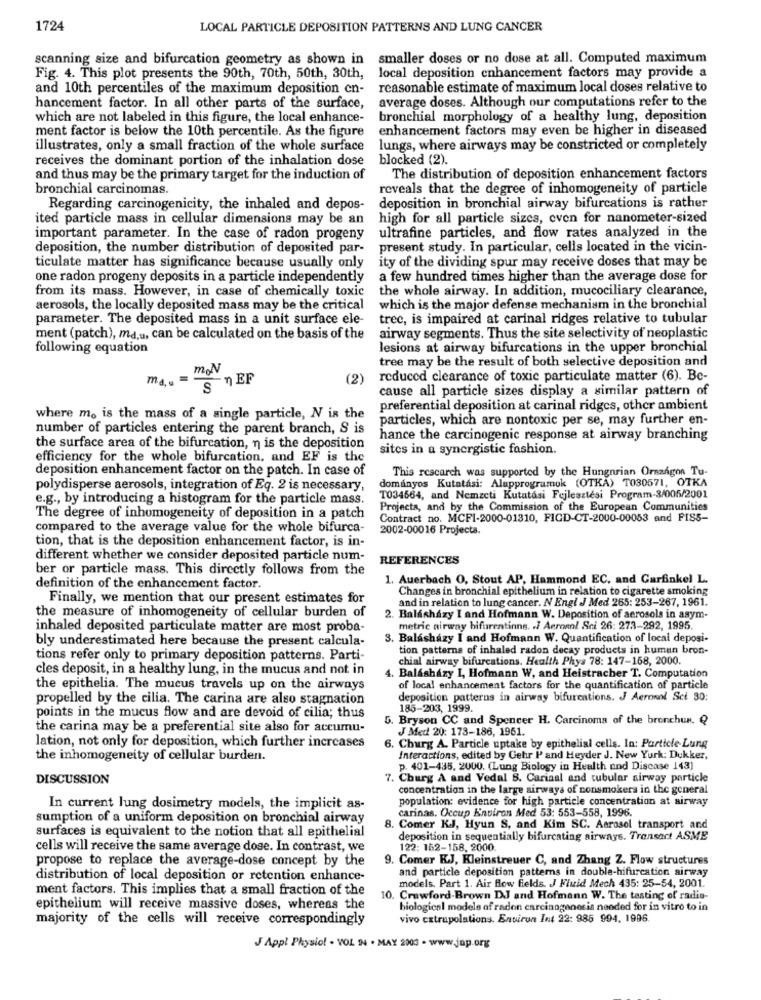
1724
LOCAL PARTICLE DEPOSITION PATTERNS AND LUNG CANCER
scanning size and bifurcation geometry as shown in smaller doses or no dose at all. Computed maximum
local deposition enhancement factors may provide a
Fig. 4. This plot presents the 90th, 70th, 50th, 30th,
and 10th percentiles of the maximum deposition en-
reasonable estimate of maximum local doses relative to
average doses. Although our computations refer to the
hancement factor. In all other parts of the surface,
which are not labeled in this figure, the local enhance-
bronchial morphology of a healthy lung, deposition
ment factor is below the 10th percentile. As the figure
enhancement factors may even be higher in diseased
illustrates, only a small fraction of the whole surface
lungs, where airways may be constricted or completely
receives the dominant portion of the inhalation dose
blocked (2).
and thus may be the primary target for the induction of
The distribution of deposition enhancement factors
bronchial carcinomas.
reveals that the degree of inhomogeneity of particle
Regarding carcinogenicity, the inhaled and depos-
deposition in bronchial airway bifurcations is rather
ited particle mass in cellular dimensions may be an
high for all particle sizes, even for nanometer-sized
important parameter. In the case of radon progeny ultrafine particles, and flow rates analyzed in the
deposition, the number distribution of deposited par- present study. In particular, cells located in the vicin-
ticulate matter has significance because usually only
ity of the dividing spur may receive doses that may be
one radon progeny deposits in a particle independently
a few hundred times higher than the average dose for
from its mass. However, in case of chemically toxic
the whole airway. In addition, mucociliary clearance,
aerosols, the locally deposited mass may be the critical
which is the major defense mechanism in the bronchial
parameter. The deposited mass in a unit surface ele-
trec, is impaired at carinal ridges relative to tubular
ment (patch), ma,u, can be calculated on the basis of the
airway segments. Thus the site selectivity of neoplastic
following equation
lesions at airway bifurcations in the upper bronchial
tree may be the result of both selective deposition and
m N
S "EF
(2)
reduced clearance of toxic particulate matter (6). Bc-
cause all particle sizes display a similar pattern of
preferential deposition at carinal ridges, other ambient
where m. is the mass of a single particle, N is the
particles, which are nontoxic per se, may further en-
number of particles entering the parent branch, S is
hance the carcinogenic response at airway branching
the surface area of the bifurcation, n is the deposition
sites in a synergistic fashion.
efficiency for the whole bifurcation, and EF is the
deposition enhancement factor on the patch. In case of
This rescarch was supported by the Hungarian Országos Tu-
polydisperse aerosols, integration of Eq. 2 is necessary,
dományos Kutatási: Alupprogramok (OTKA) TO30571, OTKA
e.g ., by introducing a histogram for the particle mass.
T034664, and Nemzeti Kutatási Fejlesztési Program-3/005/2001
Projects, and by the Commission of the European Communities
The degree of inhomogeneity of deposition in a patch
Contract no. MCF1-2000-01310, FIGD-CT-2000-00053 and FISS-
compared to the average value for the whole bifurca-
2002-00016 Projecta.
tion, that is the deposition enhancement factor, is in-
different whether we consider deposited particle num-
REFERENCES
ber or particle mass. This directly follows from the
1. Auerbach 0, Stout AP, Hammond EC, and Garfinkel L.
definition of the enhancement factor.
Changes in bronchial epithelium in relation to cigarette smoking
Finally, we mention that our present estimates for
and in relation to lung cancer. N Engl J Med 265: 253-267, 1961.
the measure of inhomogeneity of cellular burden of
2. Balásházy I and Hofmann W. Deposition of aerosols in asym-
inhaled deposited particulate matter are most proba-
metric airway bifurentinns. . 7 Acronnl Sci 26: 273-292, 1995.
bly underestimated here because the present calcula-
3. Balásházy I and Hofmann W. Quantification of local deposi-
tion patterns of inhaled radon decay products in human bron-
tions refer only to primary deposition patterns. Parti-
chial airway bifurcations. Health Phys 78: 147-168, 2000.
cles deposit, in a healthy lung, in the mucus and not in
4. Balashazy I, Hofmann W, and Heistracher T. Computation
the epithelia. The mucus travels up on the airways
of local enhancement factors for the quantification of particle
propelled by the cilia. The carina are also stagnation
deposition patterns in airway bifurcations. J Aeronol Sci 30:
185-203, 1999.
points in the mucus flow and are devoid of cilia; thus
6. Bryson CC and Spencer H. Carcinoma of the bronchun. Q
the carina may be a preferential site also for accumu-
J Med 20: 178-186, 1961.
lation, not only for deposition, which further increases
6. Churg A. Particle uptake by epithelial cells. In: Particle-Lung
the inhomogeneity of cellular burden.
Interactions, edited by Gehr Pand Heyder J. New York: Dukker,
p. 401-435, 2000. (Lung Biology in Health and Disease 143)
DISCUSSION
7. Churg A and Vedal S. Cariaal and tubular airway particle
concentration in the large airways of consmokers in the general
population: evidence for high particle concentration at airway
In current lung dosimetry models, the implicit as-
carinas. Occup Environ Med 53: 553-558, 1996.
sumption of a uniform deposition on bronchial airway
8. Comer KJ, Hyun S, and Kim SC. Aerosol transport and
surfaces is equivalent to the notion that all epithelial
deposition in sequentially bifurcating airways. Transact ASME
cells will receive the same average dose. In contrast, we
122: 152-158, 2000.
propose to replace the average-dose concept by the
9. Comer KJ, Kleinstreuer C, and Zhang Z. Flow structures
and particle deposition patterns in double-bifurcation airway
distribution of local deposition or retention enhance-
models. Part 1. Air flow fields. J Fluid Mech 435: 25-54, 2001.
ment factors. This implies that a small fraction of the
). Crawford-Brown DJ and Hofmann W. The tasting of radio-
epithelium will receive massive doses, whereas the
biological models of radon carcinogenesis needed for in vitro to in
majority of the cells will receive correspondingly
vivo cxtrupolations. Environ Int 22: 985 994. 1996
J Appl Physiol - VOL N4 . MAY 2003 - www.jap.org